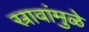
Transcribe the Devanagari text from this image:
स्रावांमुळे